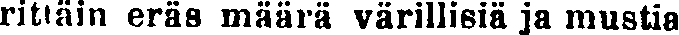
rittäin eräs määrä värillisiä ja mustia